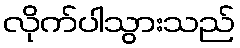
လိုက်ပါသွားသည်